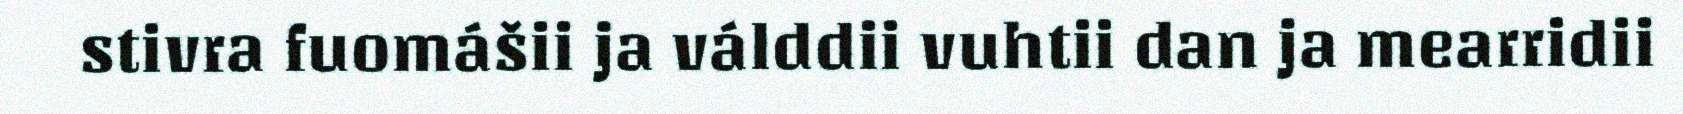
stivra fuomášii ja válddii vuhtii dan ja mearridii